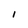
Character: I